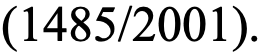
(1485/2001).